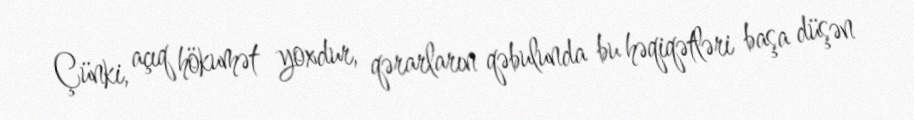
Çünki, açıq hökumət yoxdur, qərarların qəbulunda bu həqiqətləri başa düşən